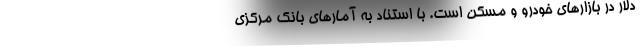
دلار در بازارهای خودرو و مسکن است. با استناد به آمارهای بانک مرکزی